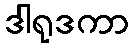
ဒါရုဒကာ